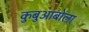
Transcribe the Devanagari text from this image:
कुबुआबोला